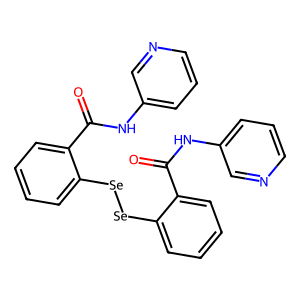
SMILES: O=C(Nc1cccnc1)c1ccccc1[Se][Se]c1ccccc1C(=O)Nc1cccnc1
Inhibits HIV replication: Yes